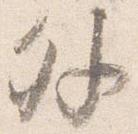
外